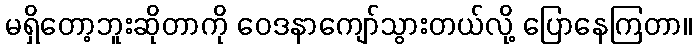
မရှိတော့ဘူးဆိုတာကို ဝေဒနာကျော်သွားတယ်လို့ ပြောနေကြတာ။